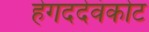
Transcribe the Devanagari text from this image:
हेगददेवंकोट